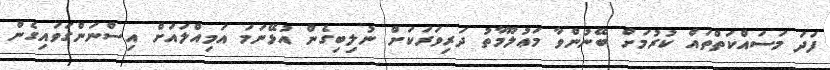
ފަދަ މަސައްކަތްތައް ކުރުމަށް ބޭނުންވާ މަޢުލޫމާތު ދަރިވަރަކަށް ނުލިބިގެން އުޅޭނަމަ އަމިއްލައަށް އިސްނަންގަވައިގެން